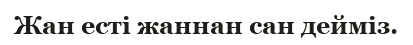
Жан есті жаннан сан дейміз.